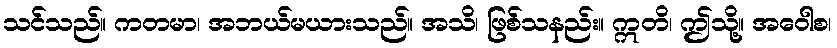
သင်သည်။ ကတမာ၊ အဘယ်မယားသည်။ အသိ၊ ဖြစ်သနည်း။ ဣတိ၊ ဤသို့။ အဝေါစ၊